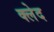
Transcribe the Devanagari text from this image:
क्‍लेद